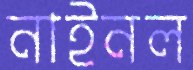
নাইনল